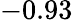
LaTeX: -0.93